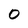
Character: 0